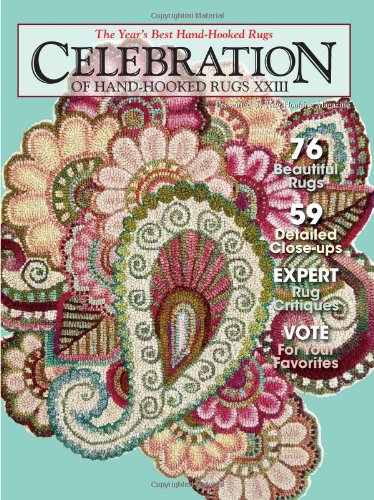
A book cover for Celebration of Hand-Hooked Rugs XXIII; Crafts, Hobbies & Home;